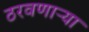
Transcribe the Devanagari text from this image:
ठरवणाऱ्या